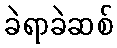
ခဲရာခဲဆစ်